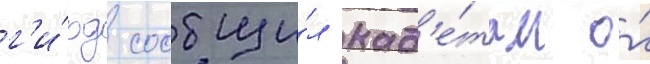
г'и́рд сообщи́л кад'е́там о́